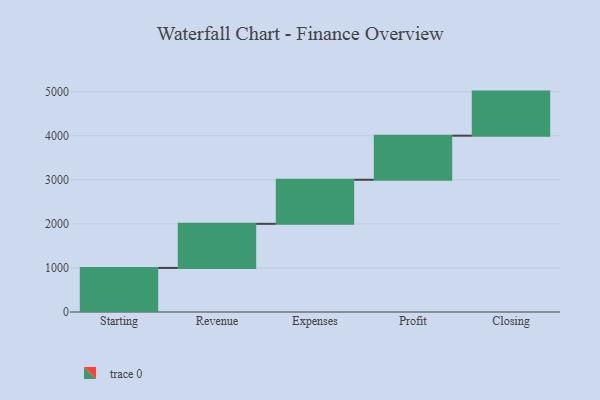
{"axis": {"x": "Step", "y": "Value"}, "legend": [""], "data": [{"x": "Starting", "y": 1000, "type": ""}, {"x": "Revenue", "y": 1000, "type": ""}, {"x": "Expenses", "y": 1000, "type": ""}, {"x": "Profit", "y": 1000, "type": ""}, {"x": "Closing", "y": 1000, "type": ""}]}